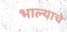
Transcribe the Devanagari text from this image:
भाल्याचे